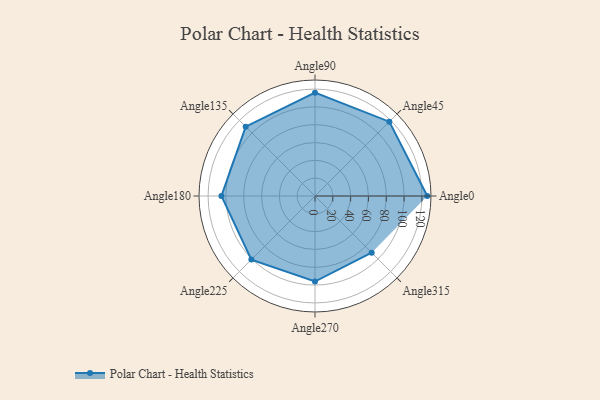
{"axis": {"x": "Angle", "y": "Radius"}, "legend": [""], "data": [{"x": "Angle0", "y": 126.0, "type": ""}, {"x": "Angle45", "y": 118.0, "type": ""}, {"x": "Angle90", "y": 116.0, "type": ""}, {"x": "Angle135", "y": 110.0, "type": ""}, {"x": "Angle180", "y": 105.0, "type": ""}, {"x": "Angle225", "y": 101.0, "type": ""}, {"x": "Angle270", "y": 96.0, "type": ""}, {"x": "Angle315", "y": 90.0, "type": ""}]}